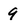
Character: 9